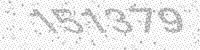
Solution: 151379